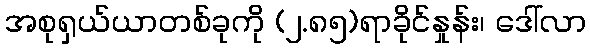
အစုရှယ်ယာတစ်ခုကို (၂.၈၅)ရာခိုင်နှုန်း၊ ဒေါ်လာ